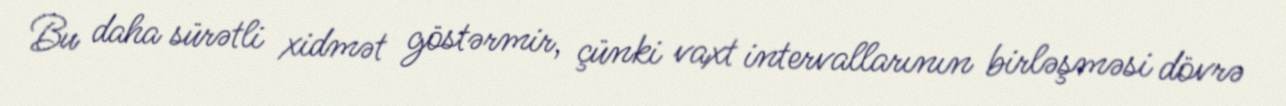
Bu daha sürətli xidmət göstərmir, çünki vaxt intervallarının birləşməsi dövrə